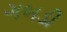
ગબડી